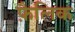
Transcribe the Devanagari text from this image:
फ़ैलिक